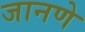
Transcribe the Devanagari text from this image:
जानणे